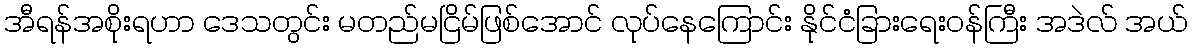
အီရန်အစိုးရဟာ ဒေသတွင်း မတည်မငြိမ်ဖြစ်အောင် လုပ်နေကြောင်း နိုင်ငံခြားရေးဝန်ကြီး အဒဲလ် အယ်